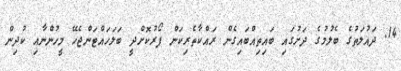
14. ދައުލަތުގެ ބެލުމުގެ ދަށުގައި ބައިތިއްބައިގެން ރައްކާތެރިކަން ފޯރުކޮށްދީ ބަލަހައްޓަންޖެހޭ މީހުންނާއި ކުދިން